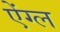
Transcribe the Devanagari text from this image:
ऐंग्ल